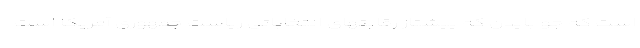
است که جو بایدن که پیشتاز رقابتهای انتخاباتی ریاست جمهوری آمریکا است